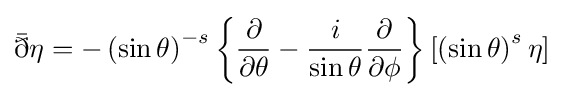
{\bar {\eth }}\eta =-\left(\sin {\theta }\right)^{-s}\left\{{\frac {\partial }{\partial \theta }}-{\frac {i}{\sin {\theta }}}{\frac {\partial }{\partial \phi }}\right\}\left[\left(\sin {\theta }\right)^{s}\eta \right]